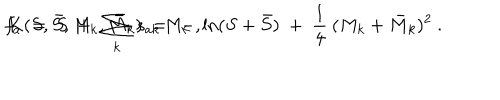
f _ { a } \ = \ S \ + \ \sum _ { k } \, s _ { a k } \, M _ { k } \ , \hspace { 1 c m } K ( S , \bar { S } , M _ { k } , \bar { M } _ { k } ) \ = \ - \, \ln ( S + \bar { S } ) \ + \ \frac { 1 } { 4 } \: ( M _ { k } + \bar { M } _ { k } ) ^ { 2 } \ .